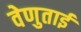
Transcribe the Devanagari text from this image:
वेणुताई